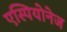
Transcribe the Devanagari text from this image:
एस्पियोनेज